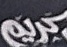
كريم